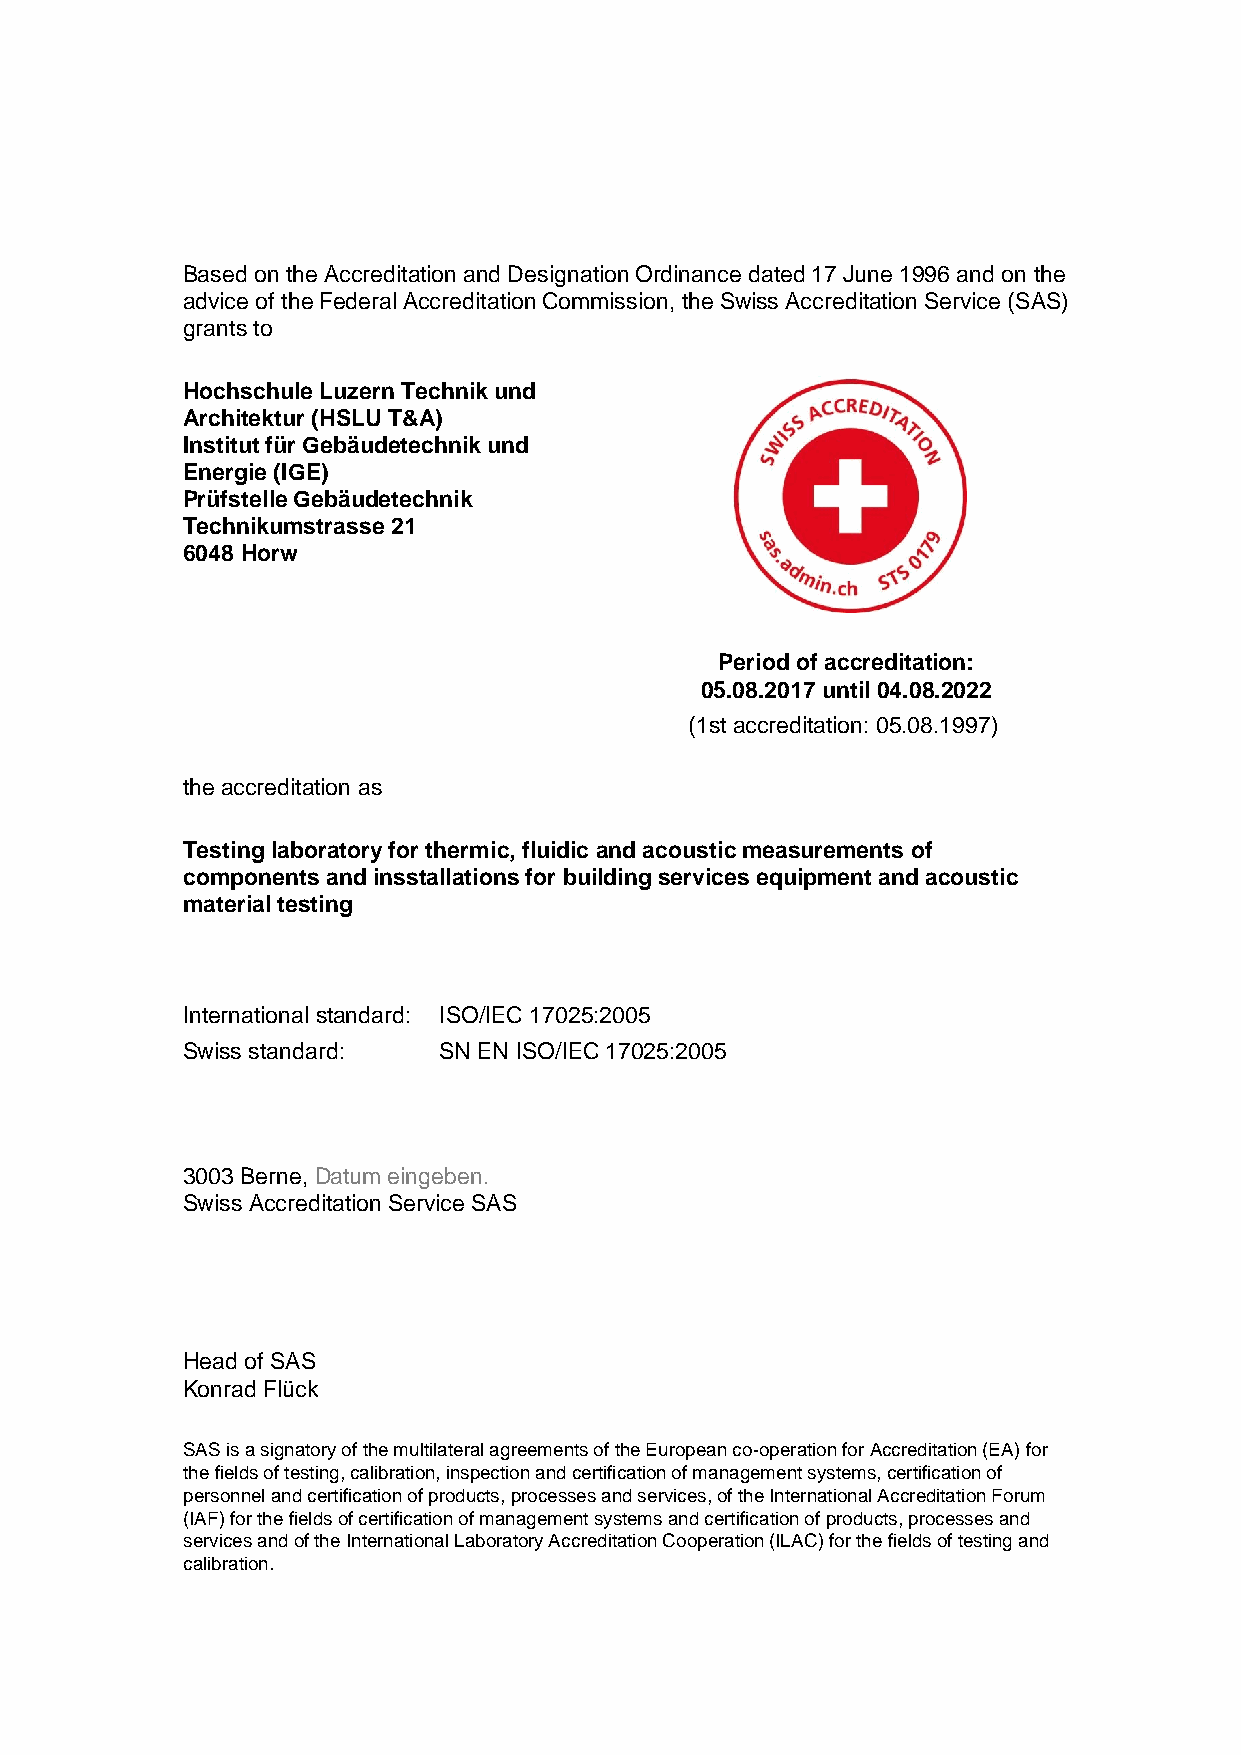
Based on the Accreditation and Designation Ordinance dated 17 June 1996 and on the
 advice of the Federal Accreditation Commission, the Swiss Accreditation Service (SAS)
 grants to
 Hochschule Luzern Technik und
 Architektur (HSLU T&A)
 Institut für Gebäudetechnik und
 Energie (IGE)
 Prüfstelle Gebäudetechnik
 Technikumstrasse 21
 6048 Horw
 Period of accreditation:
 05.08.2017 until 04.08.2022
 (1st accreditation: 05.08.1997)
 the accreditation as
 Testing laboratory for thermic, fluidic and acoustic measurements of
 components and insstallations for building services equipment and acoustic
 material testing
 International standard: ISO/IEC 17025:2005
 Swiss standard:  SN EN ISO/IEC 17025:2005
 3003 Berne, Datum eingeben.
 Swiss Accreditation Service SAS
 Head of SAS
 Konrad Flück
 SAS is a signatory of the multilateral agreements of the European co-operation for Accreditation (EA) for
 the fields of testing, calibration, inspection and certification of management systems, certification of
 personnel and certification of products, processes and services, of the International Accreditation Forum
 (IAF) for the fields of certification of management systems and certification of products, processes and
 services and of the International Laboratory Accreditation Cooperation (ILAC) for the fields of testing and
 calibration.